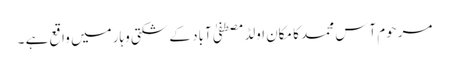
مرحوم آس محمد کا مکان اولڈمصطفیٰ آباد کے شکتی وہار میں واقع ہے ۔